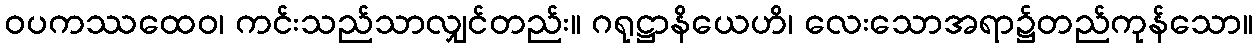
ဝပကဿထေဝ၊ ကင်းသည်သာလျှင်တည်း။ ဂရုဋ္ဌာနိယေဟိ၊ လေးသောအရာ၌တည်ကုန်သော။